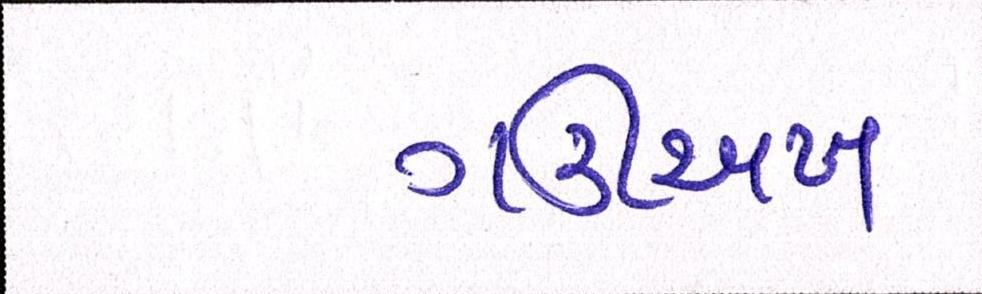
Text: ગઊઅખ